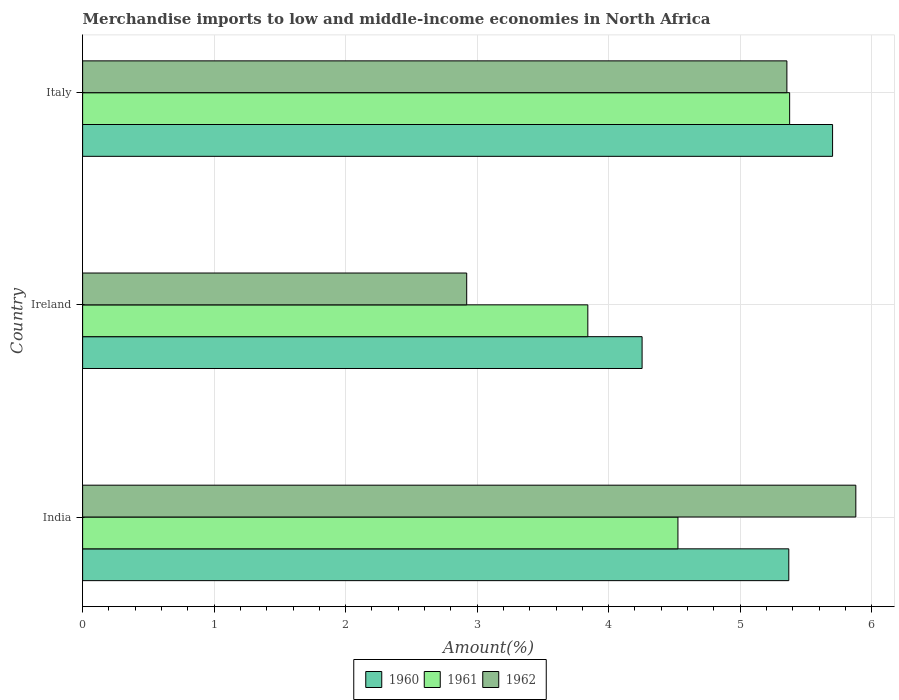
| Country | 1960 | 1961 | 1962 |
 | --- | --- | --- | --- |
 | India | 5.37 | 4.53 | 5.88 |
 | Ireland | 4.25 | 3.84 | 2.92 |
 | Italy | 5.7 | 5.38 | 5.36 |